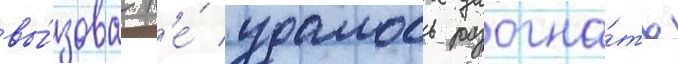
вы́зова н'е́ удалось разогна́ть